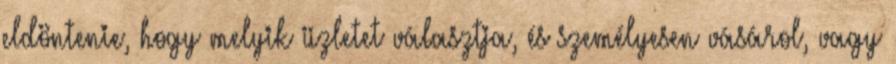
eldöntenie, hogy melyik üzletet választja, és személyesen vásárol, vagy